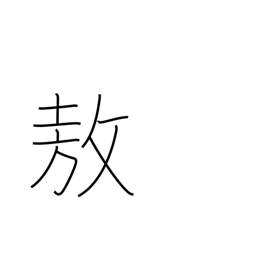
Meaning: be proud